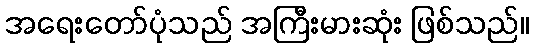
အရေးတော်ပုံသည် အကြီးမားဆုံး ဖြစ်သည်။